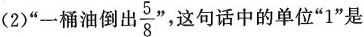
(2)”一桶油倒出 \frac{5}{8} “，这句话中的单位”1”是